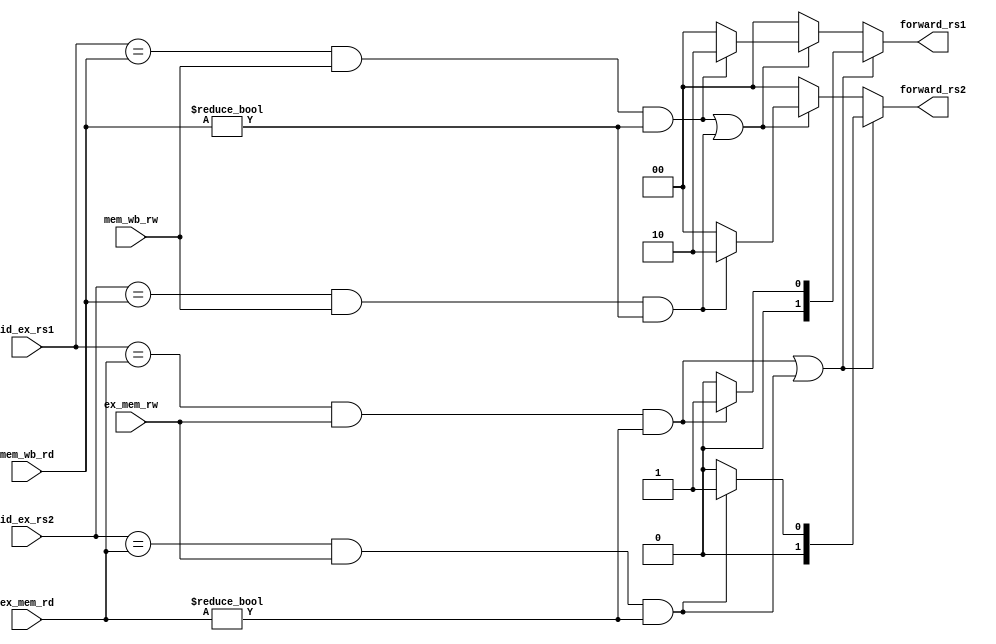
module Pipelineforwardingunit(input [4:0] id_ex_rs1, input [4:0] id_ex_rs2,
input [4:0] ex_mem_rd,input [4:0] mem_wb_rd, input ex_mem_rw,input mem_wb_rw,
output reg [1:0]forward_rs1,output reg [1:0]forward_rs2);

always@(*)
begin
if(((id_ex_rs1==ex_mem_rd)&&(ex_mem_rw==1)&&(ex_mem_rd!=5'b0))||((id_ex_rs2==ex_mem_rd)&&(ex_mem_rw==1)&&(ex_mem_rd!=5'b0)))
begin
forward_rs1=((id_ex_rs1==ex_mem_rd)&&(ex_mem_rw==1)&&(ex_mem_rd!=5'b0))?2'b01:2'b00;
forward_rs2=((id_ex_rs2==ex_mem_rd)&&(ex_mem_rw==1)&&(ex_mem_rd!=5'b0))?2'b01:2'b00;
end
else if(((id_ex_rs1==mem_wb_rd)&&(mem_wb_rw==1)&&(mem_wb_rd!=5'b0))||((id_ex_rs2==mem_wb_rd)&&(mem_wb_rw==1)&&(mem_wb_rd!=5'b0)))
begin
forward_rs1=((id_ex_rs1==mem_wb_rd)&&(mem_wb_rw==1)&&(mem_wb_rd!=5'b0))?2'b10:2'b00;
forward_rs2=((id_ex_rs2==mem_wb_rd)&&(mem_wb_rw==1)&&(mem_wb_rd!=5'b0))?2'b10:2'b00;
end
else
begin
forward_rs1=2'b00;
forward_rs2=2'b00;
end
end

endmodule